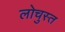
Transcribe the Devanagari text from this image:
लोचुस्त